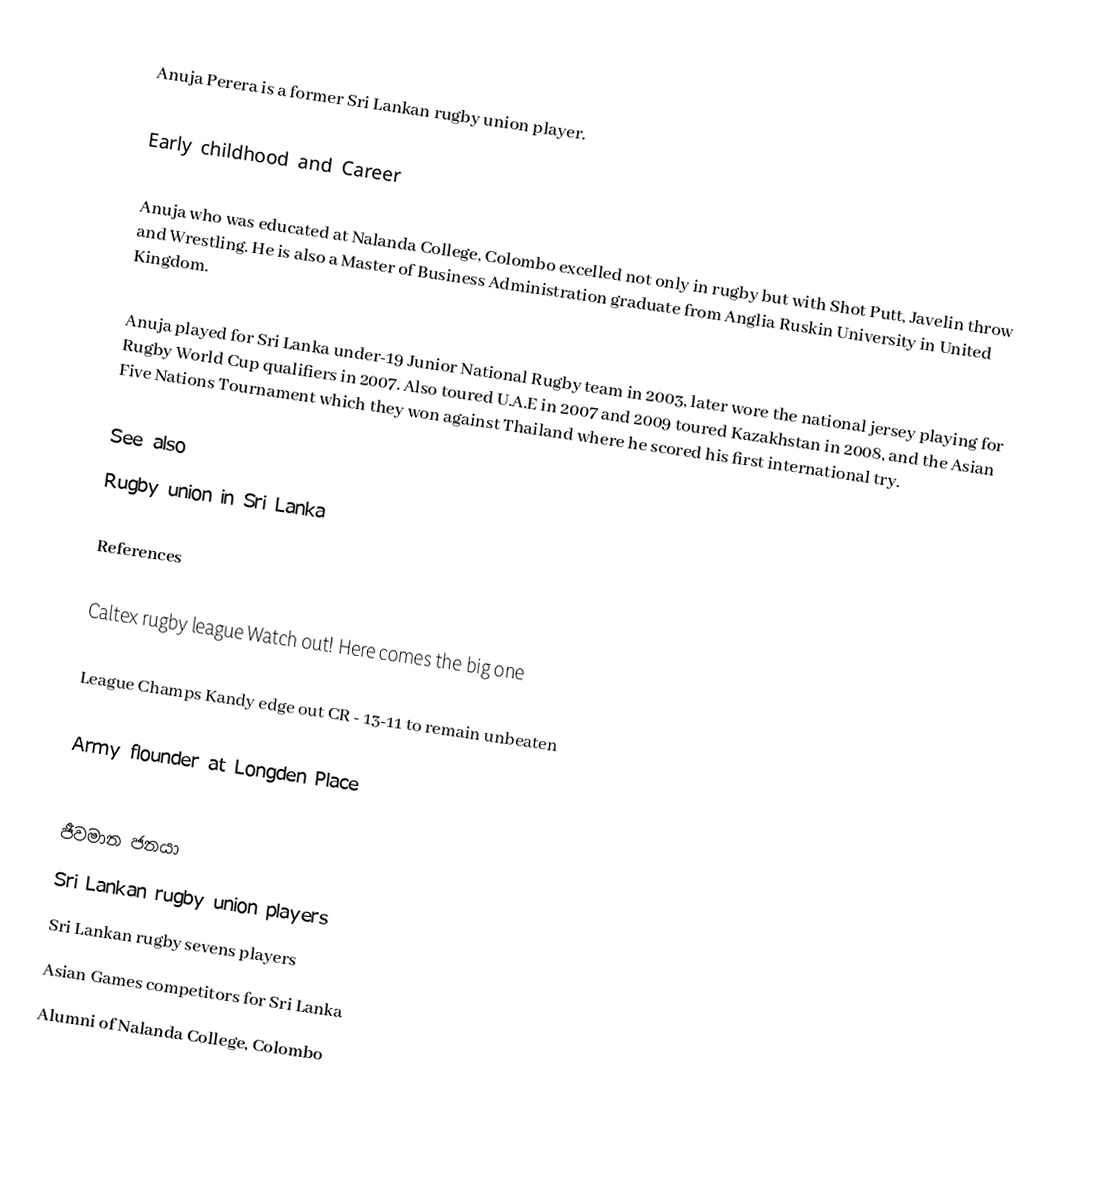
Anuja Perera is a former Sri Lankan rugby union player.

Early childhood and Career

Anuja who was educated at Nalanda College, Colombo excelled not only in rugby but with Shot Putt, Javelin throw and Wrestling. He is also a Master of Business Administration graduate from Anglia Ruskin University in United Kingdom.

Anuja played for Sri Lanka under-19 Junior National Rugby team in 2003, later wore the national jersey playing for Rugby World Cup qualifiers in 2007. Also toured U.A.E in 2007 and 2009 toured Kazakhstan in 2008, and the Asian Five Nations Tournament which they won against Thailand where he scored his first international try.

See also
 Rugby union in Sri Lanka

References

 Caltex rugby league Watch out! Here comes the big one

 League Champs Kandy edge out CR - 13-11 to remain unbeaten

 Army flounder at Longden Place

ජීවමාන ජනයා
Sri Lankan rugby union players
Sri Lankan rugby sevens players
Asian Games competitors for Sri Lanka
Alumni of Nalanda College, Colombo